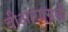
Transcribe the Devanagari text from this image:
वीआरएसबी